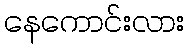
နေကောင်းလား